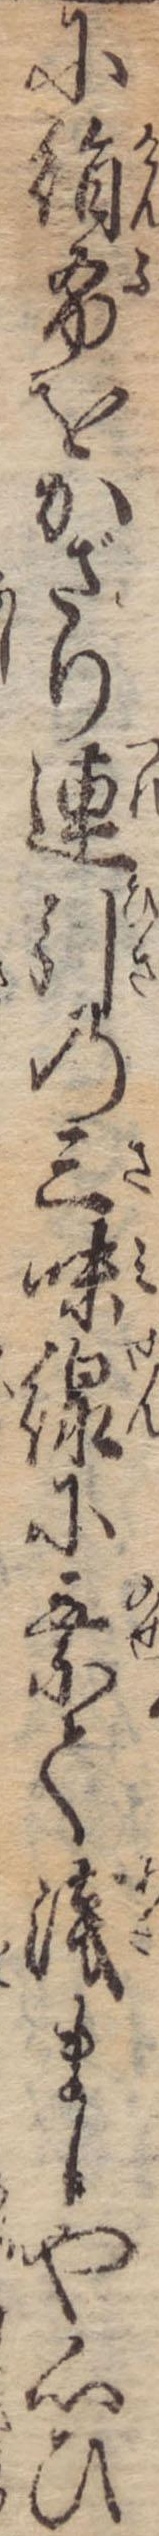
に絹布をかざり連引の三味線に乗て浅ましや心ひ